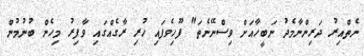
ނެތްއިރު ދަރިންނާމެދު ނަބީހާއަށް ވިސްނޭނެތަ" ފޫހިވެފައި ހުރި ރާގެއްގައި ވާފިރު މިހެން ބުނުމުން